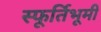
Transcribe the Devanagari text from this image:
स्फूर्तिभूमी